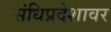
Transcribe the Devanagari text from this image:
संधिप्रदेशावर